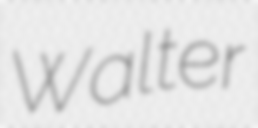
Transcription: Walter